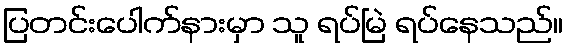
ပြတင်းပေါက်နားမှာ သူ ရပ်မြဲ ရပ်နေသည်။